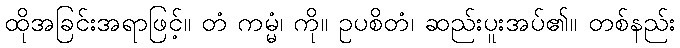
ထိုအခြင်းအရာဖြင့်။ တံ ကမ္မံ၊ ကို။ ဥပစိတံ၊ ဆည်းပူးအပ်၏။ တစ်နည်း